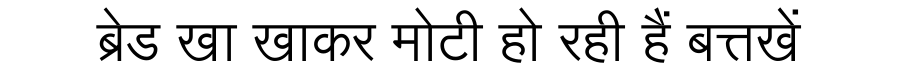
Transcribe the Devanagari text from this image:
ब्रेड खा खाकर मोटी हो रही हैं बत्तखें